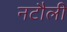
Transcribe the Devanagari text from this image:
नटौली